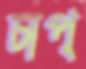
চাপ্‌